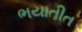
ભયાતીત